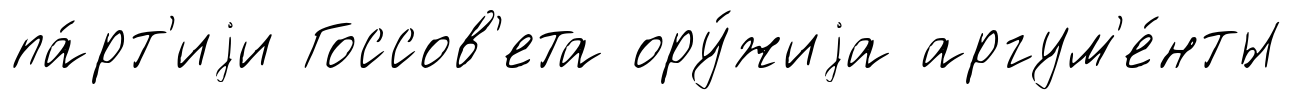
па́рт'иjи Госсов'ета ору́жиjа аргум'е́нты